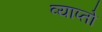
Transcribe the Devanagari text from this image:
व्याप्तो